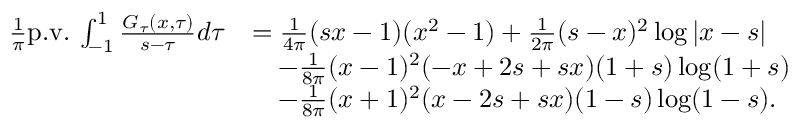
\begin{array} { r l } { \frac { 1 } { \pi } \mathrm { p . v . } \, \int _ { - 1 } ^ { 1 } \frac { G _ { \tau } ( x , \tau ) } { s - \tau } d \tau } & { = \frac { 1 } { 4 \pi } ( s x - 1 ) ( x ^ { 2 } - 1 ) + \frac { 1 } { 2 \pi } ( s - x ) ^ { 2 } \log | x - s | } \\ & { \quad - \frac { 1 } { 8 \pi } ( x - 1 ) ^ { 2 } ( - x + 2 s + s x ) ( 1 + s ) \log ( 1 + s ) } \\ & { \quad - \frac { 1 } { 8 \pi } ( x + 1 ) ^ { 2 } ( x - 2 s + s x ) ( 1 - s ) \log ( 1 - s ) . } \end{array}